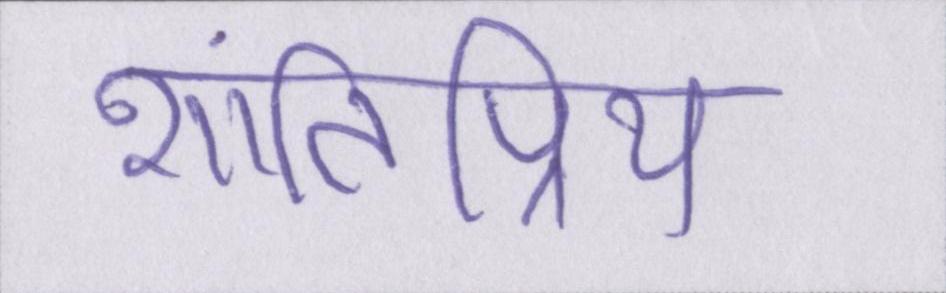
शांतिप्रिय